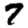
Digit: 7